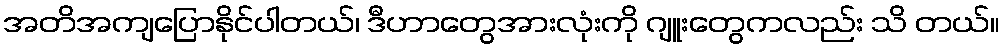
အတိအကျပြောနိုင်ပါတယ်၊ ဒီဟာတွေအားလုံးကို ဂျူးတွေကလည်း သိ တယ်။